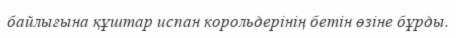
байлығына құштар испан корольдерінің бетін өзіне бұрды.